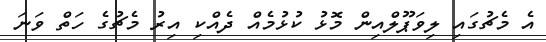
އެ މެޗުގައި ލިވަޕޫލްއިން މޮޅު ކުޅުމެއް ދެއްކި އިރު މެޗުގެ ހަތް ވަނަ